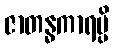
ဇာတန္ဓကာရမ္ပိ